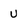
Character: U